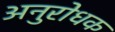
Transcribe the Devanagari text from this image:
अनुरोधक